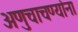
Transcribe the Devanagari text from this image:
अणुचाचण्यांना